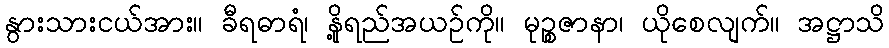
နွားသားငယ်အား။ ခီရဓာရံ၊ နို့ရည်အယဉ်ကို။ မုဉ္စဇာနာ၊ ယိုစေလျက်။ အဋ္ဌာသိ